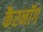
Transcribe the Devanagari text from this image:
कैरनॉग